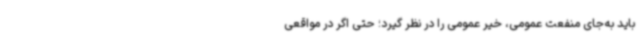
باید به‌جای منفعت عمومی، خیر عمومی را در نظر گیرد؛ حتی اگر در مواقعی